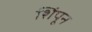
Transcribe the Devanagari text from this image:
शिंपून